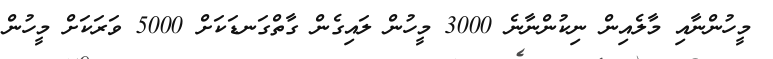
މީހުންނާއި މާލެއިން ނިކުންނާނެ 3000 މީހުން ލައިގެން ގާތްގަނޑަކަށް 5000 ވަރަކަށް މީހުން